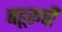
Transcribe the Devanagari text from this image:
बहूरूपी